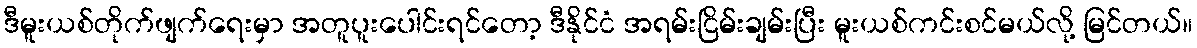
ဒီမူးယစ်တိုက်ဖျက်ရေးမှာ အတူပူးပေါင်းရင်တော့ ဒီနိုင်ငံ အရမ်းငြိမ်းချမ်းပြီး မူးယစ်ကင်းစင်မယ်လို့ မြင်တယ်။